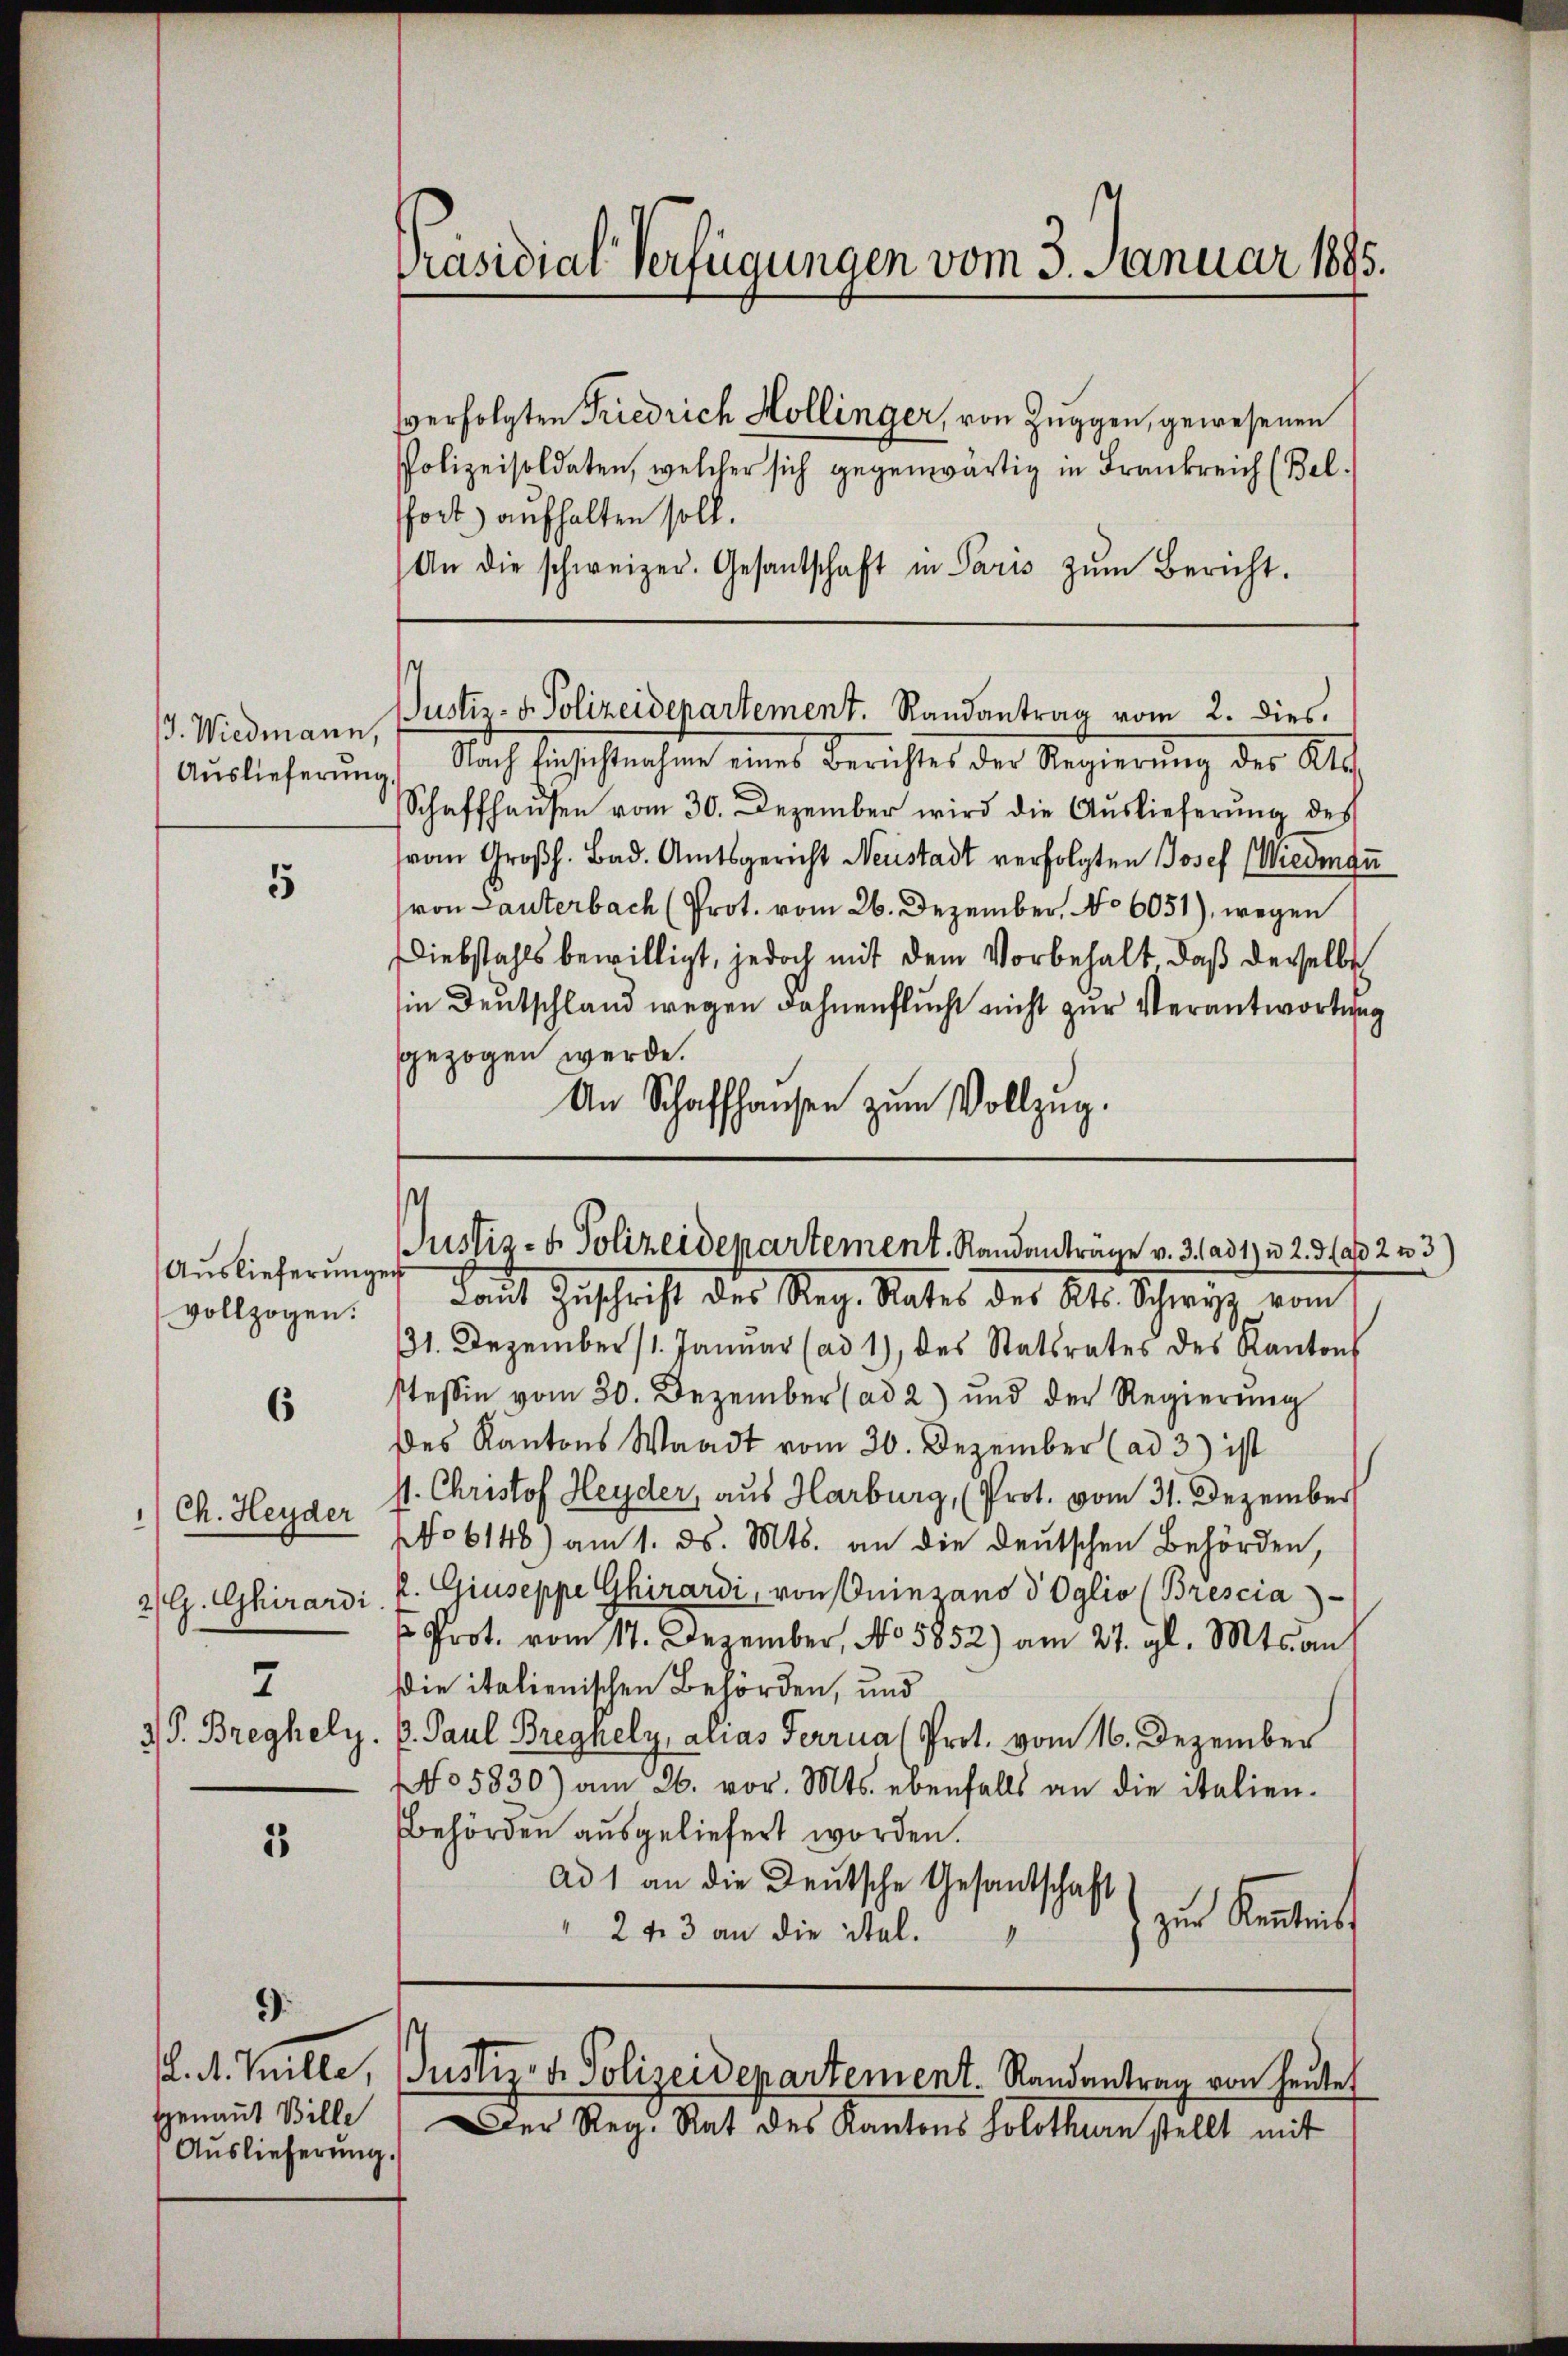
3. Wiedmann,
Auslieferung

5

Auslieferungen
vollzogen.

6

2/G. Ghirardi.
7

5

.

sant teilte,
Genant Bille
Auslieferung.

Präsidial-Verfügungen vom 3. Januar 1895.

se

verfolgten Friedrich Hollinger, von Zuggen, gewesenen
PPolizeisoldaten, welcher sich gegenwärtig in Frankreich (Bel.
fort aufhalten soll.
An die schweizer. Gesantschaft in Paris zŭm Bericht.
JJustiz- & Polizeidepartement. Randantrag vom 2. dies
Nach Einhaft nahme eines Berichtes der Regierung des Alt
Schaffhausen vom 30. Dezember wird die Auslieferŭng des
vom Großh. Bad. Amtsgericht Neustadt verfolgten Josef (Wiedigu
von Lauterbach (Prot. vom 26. Dezember, No 6051), wegen
Diebstahls bewilligt, jedoch mit dem Vorbehalt, daß derselbe
in Deutschland wegen Fahnenflucht nicht zur Verantwortung
gezogen werde.
An Schaffhausen zŭm Vollzŭg.

s
Justiz- & Polizeidepartement. Randanträge v. 3. ad 1) u 2. daß 2 u 3)

Laut Zuschrift des Reg. Rates des Kts. Schweiz vom
131. Dezember 11. Januar (ad 1), des Statsrates des Kantons
stessen vom 20. Dezember (ad 2) und der Regierŭng
Des Kantons Waadt vom 30. Dezember (ad 3) ist
/ Ch. Heyder st. Christof Heyder, aus Harburg, (Prot. vom 31. Dezember
No 6148) am 1. ds. Mts. an die deutschen Behörden,
k. Giuseppe Ghirardi, von Quinzano d Oglio (Brescia
u Prot. vom 17. Dezember, No 5852) am 27. gl. Mts. auf
die italienischen Behörden, und
3) P. Breghely. P. Paul Bregnely, alias Ferras Prot. vom 16. Dezember
No 5830) am 26. vor. Mts. ebenfalls an die italien-
Behörden ausgeliefert worden.
Ad 1 an die Deutsche Gesandtschaft
zur Kenntnis
" 243 an die Stal.

Der Reg. Rat des Kantons Solothurn stellt mit

Justiz & Polizeidepartement. Randantrag von heute